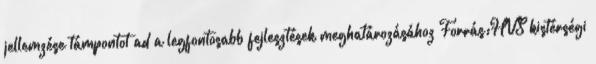
jellemzése támpontot ad a legfontosabb fejlesztések meghatározásához Forrás:HVS kistérségi